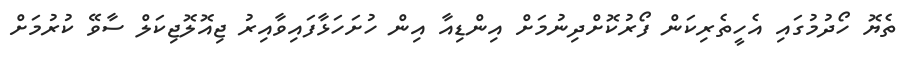
ތެޔޮ ހޯދުމުގައި އެހީތެރިކަން ފޯރުކޮށްދިނުމަށް އިންޑިއާ އިން ހުށަހަޅާފައިވާއިރު ޖިއޮލޮޖިކަލް ސާވޭ ކުރުމަށް